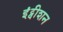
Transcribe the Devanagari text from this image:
इंट्वीशन